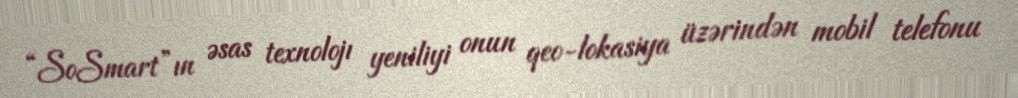
“SoSmart”ın əsas texnolojı yeniliyi onun qeo-lokasiya üzərindən mobil telefonu